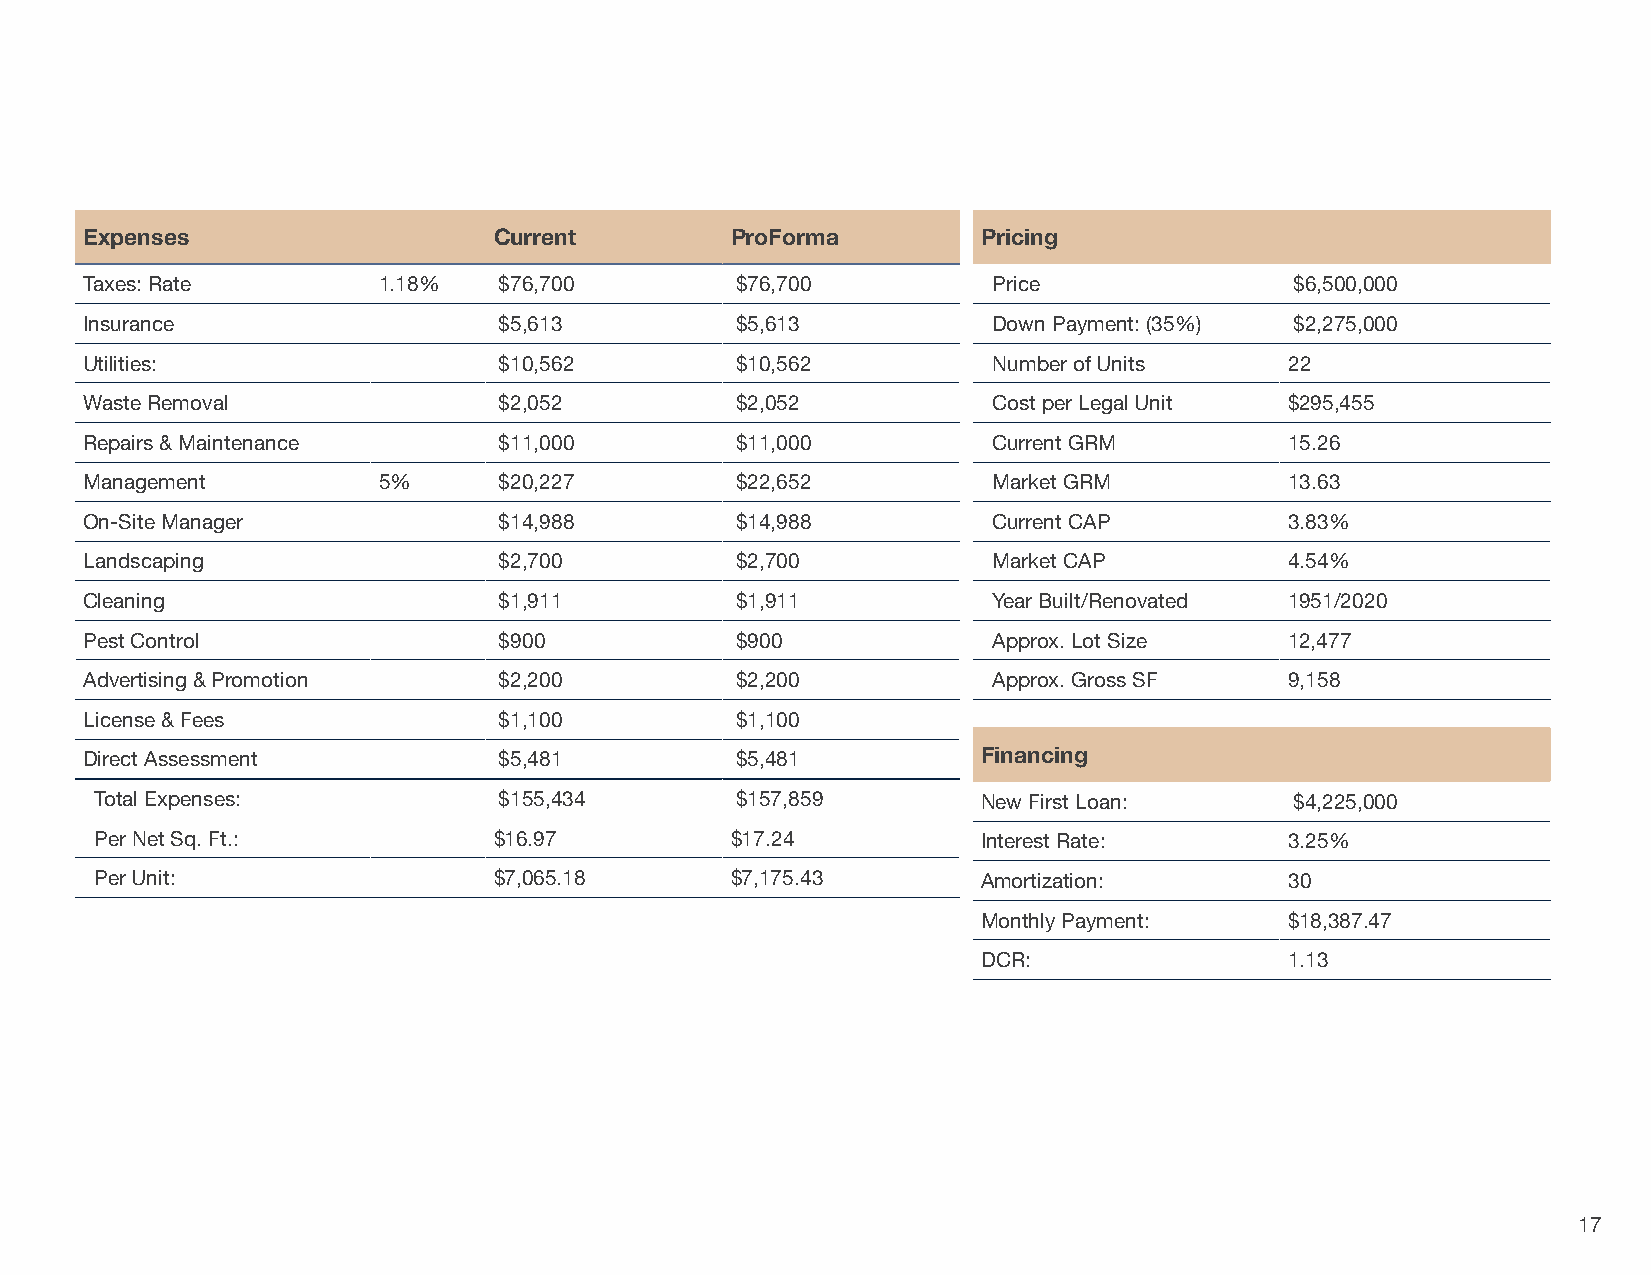
Expenses                   Current        ProForma         Pricing
 Taxes: Rate        1.18%   $76,700         $76,700          Price               $6,500,000
 Insurance                  $5,613          $5,613           Down Payment: (35%) $2,275,000
 Utilities:                 $10,562         $10,562          Number of Units    22
 Waste Removal              $2,052          $2,052           Cost per Legal Unit $295,455
 Repairs & Maintenance      $11,000         $11,000          Current GRM        15.26
 Management         5%      $20,227         $22,652          Market GRM         13.63
 On-Site Manager            $14,988         $14,988          Current CAP        3.83%
 Landscaping                $2,700          $2,700           Market CAP         4.54%
 Cleaning                   $1,911          $1,911           Year Built/Renovated 1951/2020
 Pest Control               $900            $900             Approx. Lot Size   12,477
 Advertising & Promotion    $2,200          $2,200           Approx. Gross SF   9,158
 License & Fees             $1,100          $1,100
 Direct Assessment          $5,481          $5,481          Financing
 Total Expenses:            $155,434        $157,859        New First Loan:      $4,225,000
 Per Net Sq. Ft.:           $16.97         $17.24           Interest Rate:      3.25%
 Per Unit:                  $7,065.18      $7,175.43        Amortization:       30
 Monthly Payment:    $18,387.47
 DCR:                1.13
 17